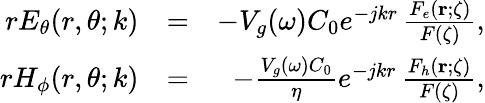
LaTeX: \begin{array}{rlr}{rE_{\theta}(r,\theta;k)}&{=}&{-V_{g}(\omega)C_{0}e^{-jkr}\, \frac{F_{e}({\mathbf r};\zeta)}{F(\zeta)},}\\ {rH_{\phi}(r,\theta;k)}&{=}&{-\frac{V_{g}(\omega)C_{0}}{\eta}e^{-jkr}\, \frac{F_{h}({\mathbf r};\zeta)}{F(\zeta)},}\end{array}